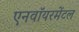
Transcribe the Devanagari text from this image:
एनवॉयरमेंटल